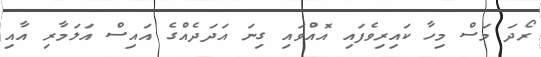
ރޯދަ މަސް މިހާ ކައިރިވެފައި އޮއްވައި ގިނަ އަދަދެއްގެ އައިސް އަލަމާރި އާއި